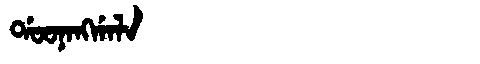
Manchu: ᡩᠣᠣᠨᠠᠩᡤᠠᠯᠠ
Romanization: DOONANGGALA